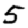
Digit: 5